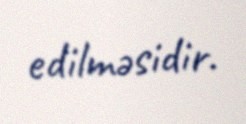
edilməsidir.